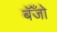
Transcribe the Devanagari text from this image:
बॅँजो